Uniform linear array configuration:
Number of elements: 64
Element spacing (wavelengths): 0.5
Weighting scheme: kaiser
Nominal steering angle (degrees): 45
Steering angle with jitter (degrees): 46.126
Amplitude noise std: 0.05
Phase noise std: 0.05

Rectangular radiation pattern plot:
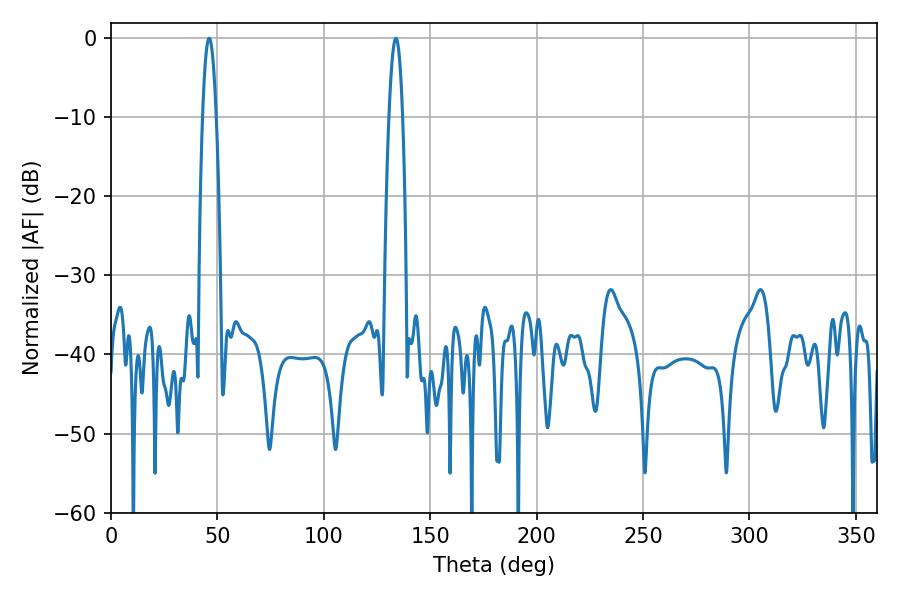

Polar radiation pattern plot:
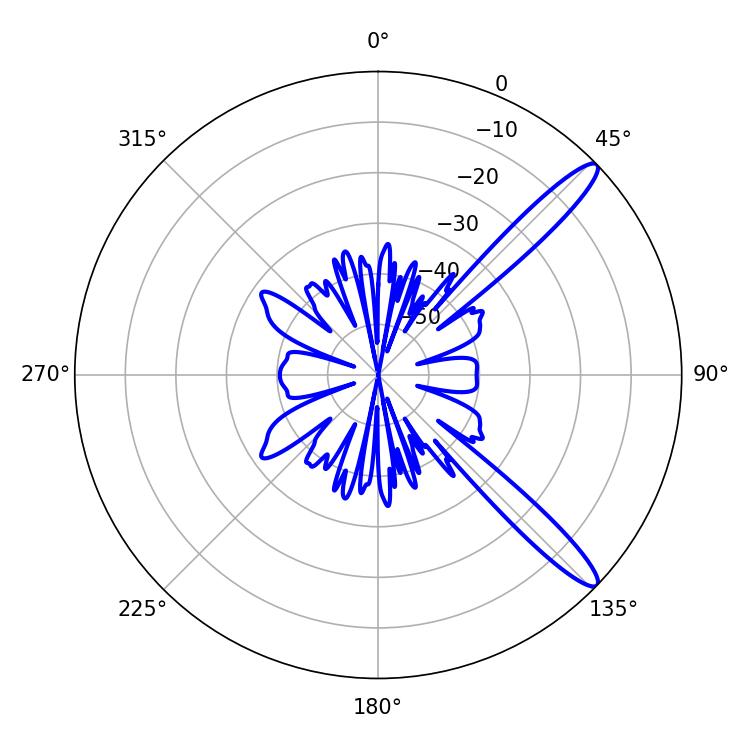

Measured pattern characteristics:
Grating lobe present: FALSE
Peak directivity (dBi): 13.162
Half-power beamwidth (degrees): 3.42
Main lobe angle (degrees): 46.08